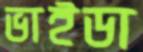
ভাইডা